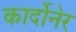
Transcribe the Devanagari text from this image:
कार्दोनेर